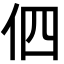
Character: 伵